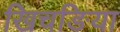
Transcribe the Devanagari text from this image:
खिचङिया